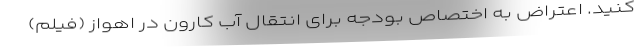
کنید. اعتراض به اختصاص بودجه برای انتقال آب کارون در اهواز (فیلم)